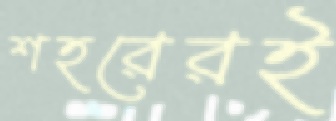
শহরেরই